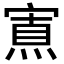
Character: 𡪍